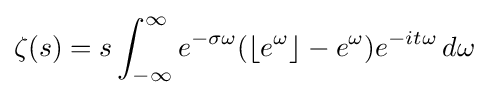
\zeta (s)=s\int _{-\infty }^{\infty }e^{-\sigma \omega }(\lfloor e^{\omega }\rfloor -e^{\omega })e^{-it\omega }\,d\omega